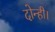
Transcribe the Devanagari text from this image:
दोन्ही।